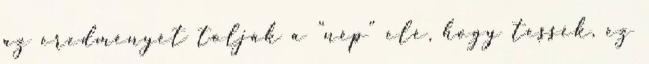
az eredményét tolják a "nép" elé, hogy tessék, ez